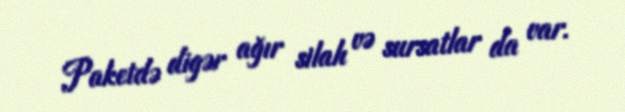
Paketdə digər ağır silah və sursatlar da var.